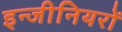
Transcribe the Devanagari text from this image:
इन्जीनियरों